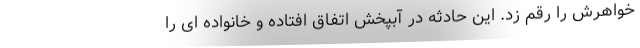
خواهرش را رقم زد. این حادثه در آبپخش اتفاق افتاده و خانواده ای را